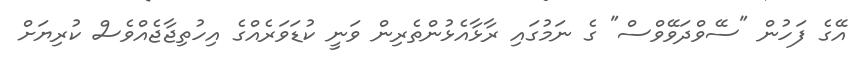
އޭގެ ފަހުން "ސޭވްދަވޭވްސް" ގެ ނަމުގައި ރާޅާއެޅުންތެރިން ވަނީ ކުޑަވަރެއްގެ އިހުތިޖާޖެއްވެސް ކުރިޔަށް